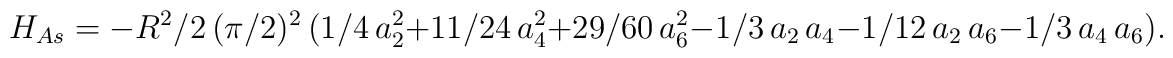
H_{As}=-R^2/2\,(\pi/2)^2\,(1/4\,a_2^2+11/24\,a_4^2+29/60\,a_6^2                           -1/3\,a_2\,a_4-1/12\,a_2\,a_6-1/3\,a_4\,a_6).